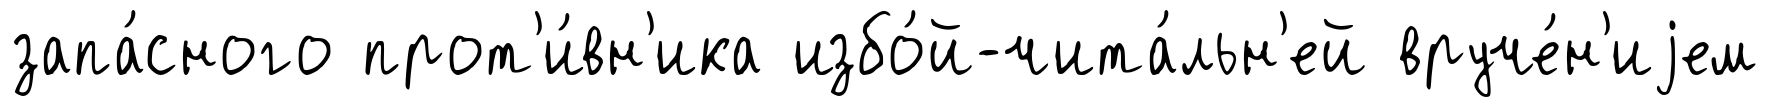
запа́сного прот'и́вн'ика избо́й-чита́льн'ей вруче́н'иjем